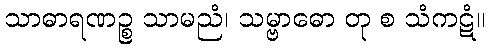
သာဓာရဏဉ္စ သာမညံ၊ သမ္ဗာဓော တု စ သံကဋံ။